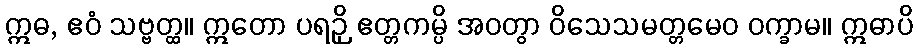
ဣဓ, ဧဝံ သဗ္ဗတ္ထ။ ဣတော ပရဉှိ ဧတ္တကမ္ပိ အဝတွာ ဝိသေသမတ္တမေဝ ဝက္ခာမ။ ဣဓာပိ